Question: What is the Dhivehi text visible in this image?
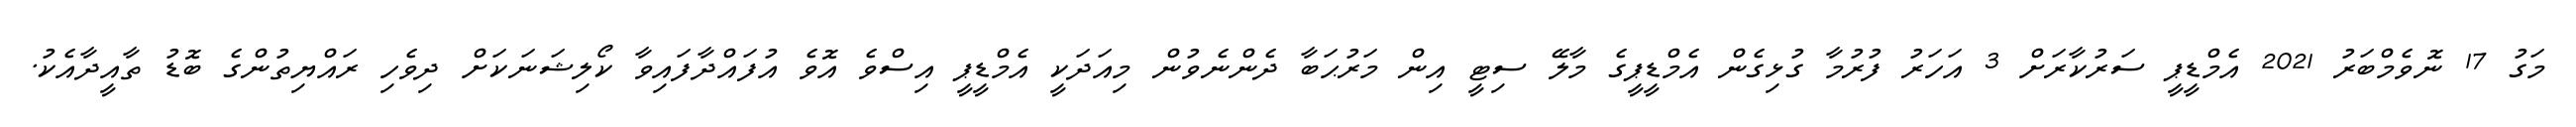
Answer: މަގު 17 ނޮވެމްބަރު 2021 އެމްޑީޕީ ސަރުކާރަށް 3 އަހަރު ފުރުމާ ގުޅިގެން އެމްޑީޕީގެ މާލޭ ސިޓީ އިން މަރުޙަބާ ދެންނެވުން މިއަދަކީ އެމްޑީޕީ އިސްވެ އޮވެ އުފައްދާފައިވާ ކޯލިޝަނަކަށް ދިވެހި ރައްޔިތުންގެ ބޮޑު ތާއީދާއެކު.